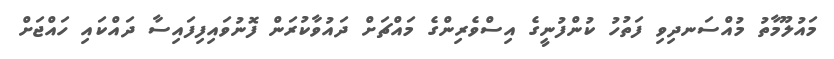
މައުލޫމާތު މުއްސަނދިވި ފަތުހު ކުންފުނީގެ އިސްވެރިންގެ މައްޗަށް ދައުވާކުރަން ފޮނުވައިފިފައިސާ ދައްކައި ހައްޖަށް